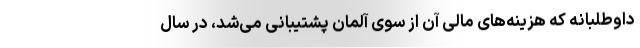
داوطلبانه که هزینه‌های مالی آن از سوی آلمان پشتیبانی می‌شد، در سال